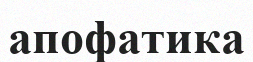
апофатика